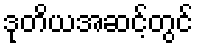
ဒုတိယအဆင့်တွင်